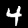
Digit: 4